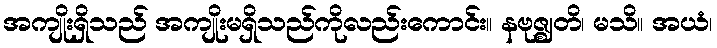
အကျိုးရှိသည် အကျိုးမရှိသည်ကိုလည်းကောင်း။ နဗုဇ္ဈတိ၊ မသိ။ အယံ၊